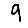
Digit: 9